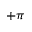
+ \pi